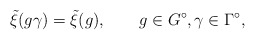
\begin{align*}\tilde{\xi}(g\gamma)=\tilde{\xi}(g),\qquad g\in G^\circ, \gamma\in\Gamma^\circ,\end{align*}